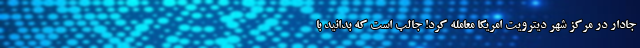
جادار در مرکز شهر دیترویت امریکا معامله کرد! جالب است که بدانید با